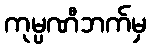
ကုမ္ပဏီဘက်မှ